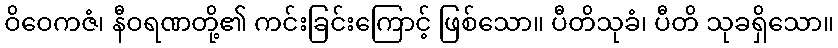
ဝိဝေကဇံ၊ နီဝရဏတို့၏ ကင်းခြင်းကြောင့် ဖြစ်သော။ ပီတိသုခံ၊ ပီတိ သုခရှိသော။